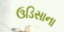
ઉડિસાના